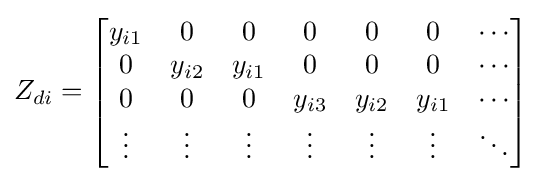
Z_{di}={\begin{bmatrix}y_{i1}&0&0&0&0&0&\cdots \\0&y_{i2}&y_{i1}&0&0&0&\cdots \\0&0&0&y_{i3}&y_{i2}&y_{i1}&\cdots \\\vdots &\vdots &\vdots &\vdots &\vdots &\vdots &\ddots \end{bmatrix}}